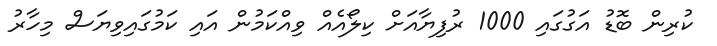
ކުރިން ބޮޑު އަގުގައި 1000 ރުފިޔާއަށް ކިލޯއެއް ވިއްކަމުން އައި ކަމުގައިވިޔަސް މިހާރު